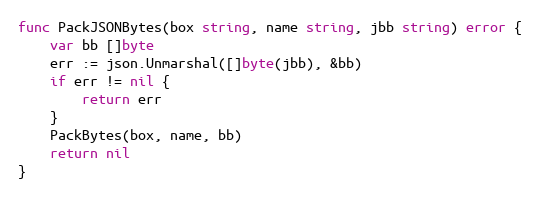
Language: Go
func PackJSONBytes(box string, name string, jbb string) error {
	var bb []byte
	err := json.Unmarshal([]byte(jbb), &bb)
	if err != nil {
		return err
	}
	PackBytes(box, name, bb)
	return nil
}